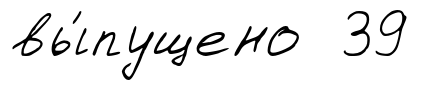
вы́пущено 39